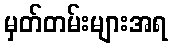
မှတ်တမ်းများအရ